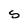
Character: S